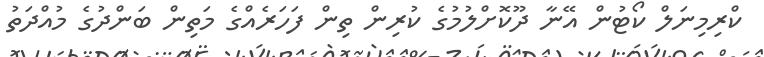
ކްރިމިނަލް ކޯޓުން އޭނާ ދޫކޮށްލުމުގެ ކުރިން ތިން ފަހަރެއްގެ މަތިން ބަންދުގެ މުއްދަތު